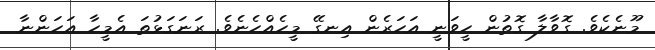
މޫނެކެވެ. ގޮވާލާ ގޮތުން ހީވަނީ އަހަރެން އިނގޭ މީހެއްހެނެވެ. ރަނަގަޅުތަ އެމީހާ އަހަންނާ